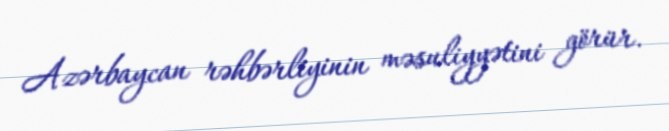
Azərbaycan rəhbərliyinin məsuliyyətini görür.